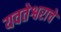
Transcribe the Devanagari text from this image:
यवतेश्वराचे